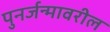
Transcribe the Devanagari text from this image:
पुनर्जन्मावरील